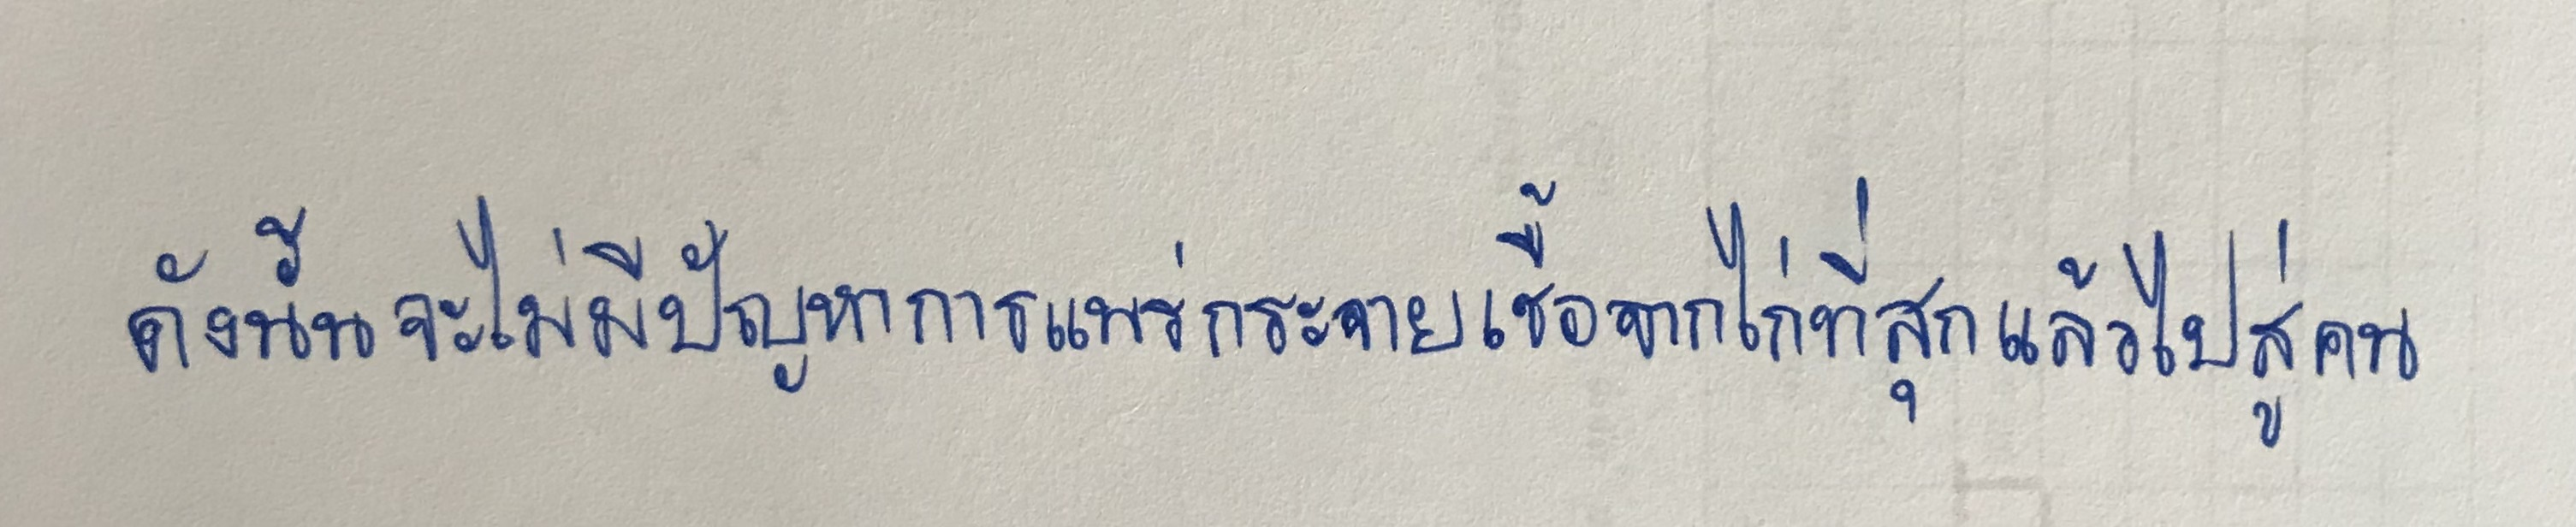
ดังนั้นจะไม่มีปัญหาการแพร่กระจายเชื้อจากไก่ที่สุกแล้วไปสู่คน